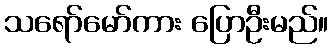
သရော်မော်ကား ပြောဦးမည်။